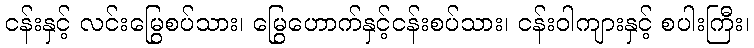
ငန်းနှင့် လင်းမြွေစပ်သား၊ မြွေဟောက်နှင့်ငန်းစပ်သား၊ ငန်းဝါကျားနှင့် စပါးကြီး၊